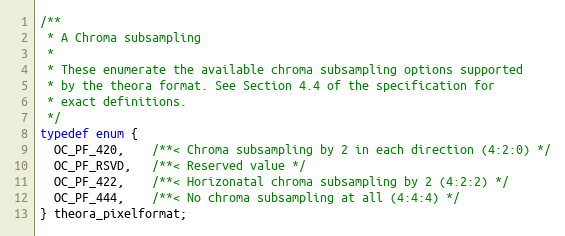
Language: C
/**
 * A Chroma subsampling
 *
 * These enumerate the available chroma subsampling options supported
 * by the theora format. See Section 4.4 of the specification for
 * exact definitions.
 */
typedef enum {
  OC_PF_420,    /**< Chroma subsampling by 2 in each direction (4:2:0) */
  OC_PF_RSVD,   /**< Reserved value */
  OC_PF_422,    /**< Horizonatal chroma subsampling by 2 (4:2:2) */
  OC_PF_444,    /**< No chroma subsampling at all (4:4:4) */
} theora_pixelformat;